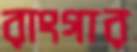
রাংগার